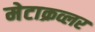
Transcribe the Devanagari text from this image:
मेटाक्रव्लर